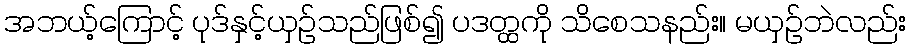
အဘယ့်ကြောင့် ပုဒ်နှင့်ယှဉ်သည်ဖြစ်၍ ပဒတ္ထကို သိစေသနည်း။ မယှဉ်ဘဲလည်း